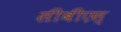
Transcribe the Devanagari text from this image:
सीबीएस्